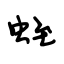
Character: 蛭